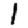
Digit: 1